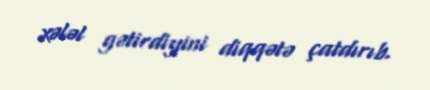
xələl gətirdiyini diqqətə çatdırıb.